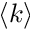
\langle k \rangle